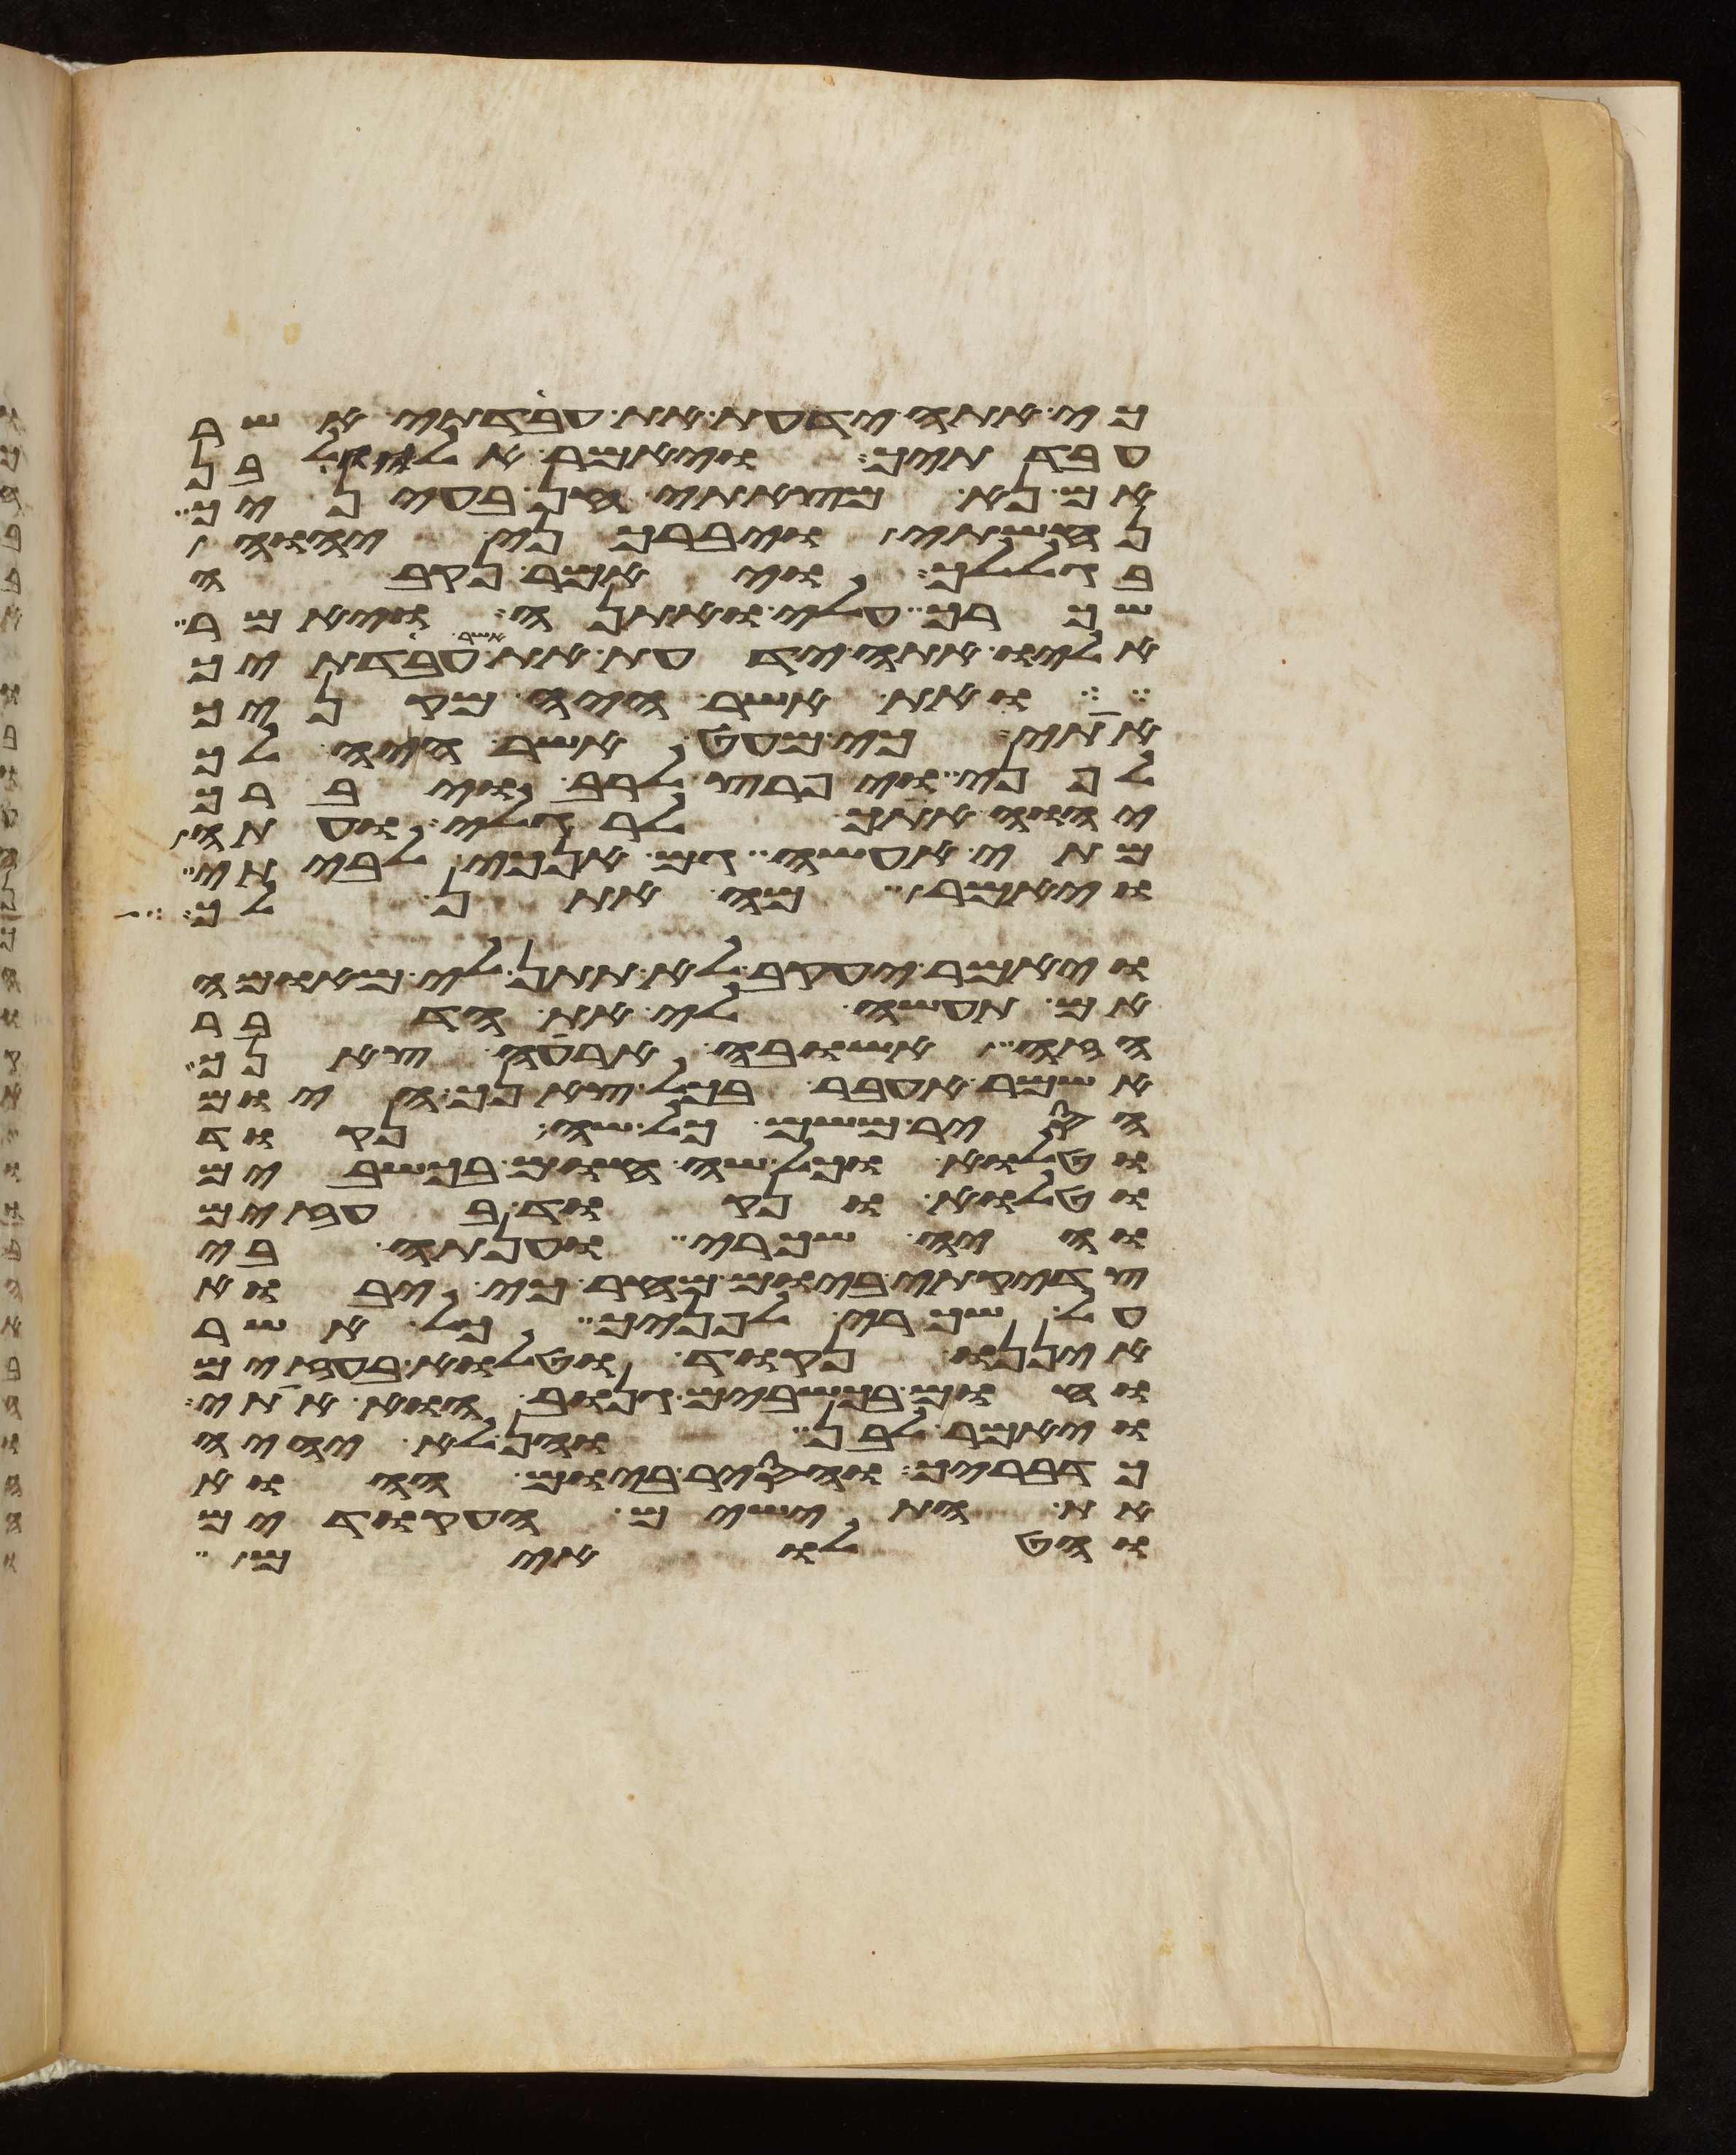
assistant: כי אתה ידעת את עבדתי אשר
עבדתיך ויאמר אליו לבן
אם נא מצאתי חן בעיניך
נחשתי ויברכני יהוה
בגללך ויאמר נקבה
שכרך עלי ואתנה ויאמר
אליו אתה ידעת את אשר עבדתיך
ואת אשר היה מקניך
אתי כי מעט אשר היה לך
לפני ויפרץ לרב ויברך
יהוה אתך לרגלי ועתה
מתי אעשה גם אנכי לביתי
ויאמר מה אתן לך
ויאמר יעקב לא תתן לי מאומה
אם תעשה לי את הדבר
הזה אשובה ארעה צאנך
אשמר אעבר בכל צאנך היום
הסיר משם כל שה נקוד
וטלוא וכל שה חום בכשבים
וטלוא ונקוד בעזים
והיה שכרי וענתה בי
צדקתי ביום מחר כי יבוא
על שכרי לפניך כל אשר
איננו נקוד וטלוא בעזים
וחום בכשבים גנוב הוא אתי
ויאמר לבן והן לא יהיה
כדבריך ויסר ביום ההוא
את התישים העקודים
והטלואים